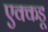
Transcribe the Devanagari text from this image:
एक्कडू